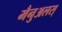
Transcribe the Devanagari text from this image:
मैनुअलस्